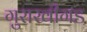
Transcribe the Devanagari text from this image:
गुराखीगड